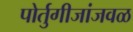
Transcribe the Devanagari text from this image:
पोर्तुगीजांजवळ